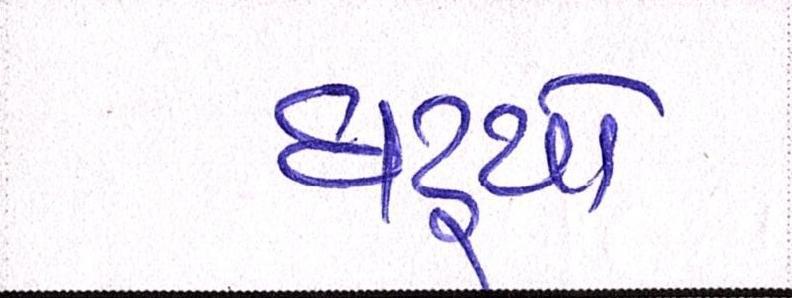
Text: ઘટ્યો